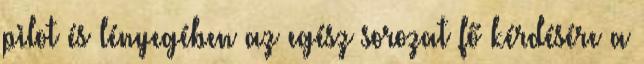
pilot és lényegében az egész sorozat fő kérdésére a